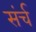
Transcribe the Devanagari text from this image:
संर्च